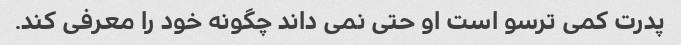
پدرت کمی ترسو است او حتی نمی داند چگونه خود را معرفی کند.